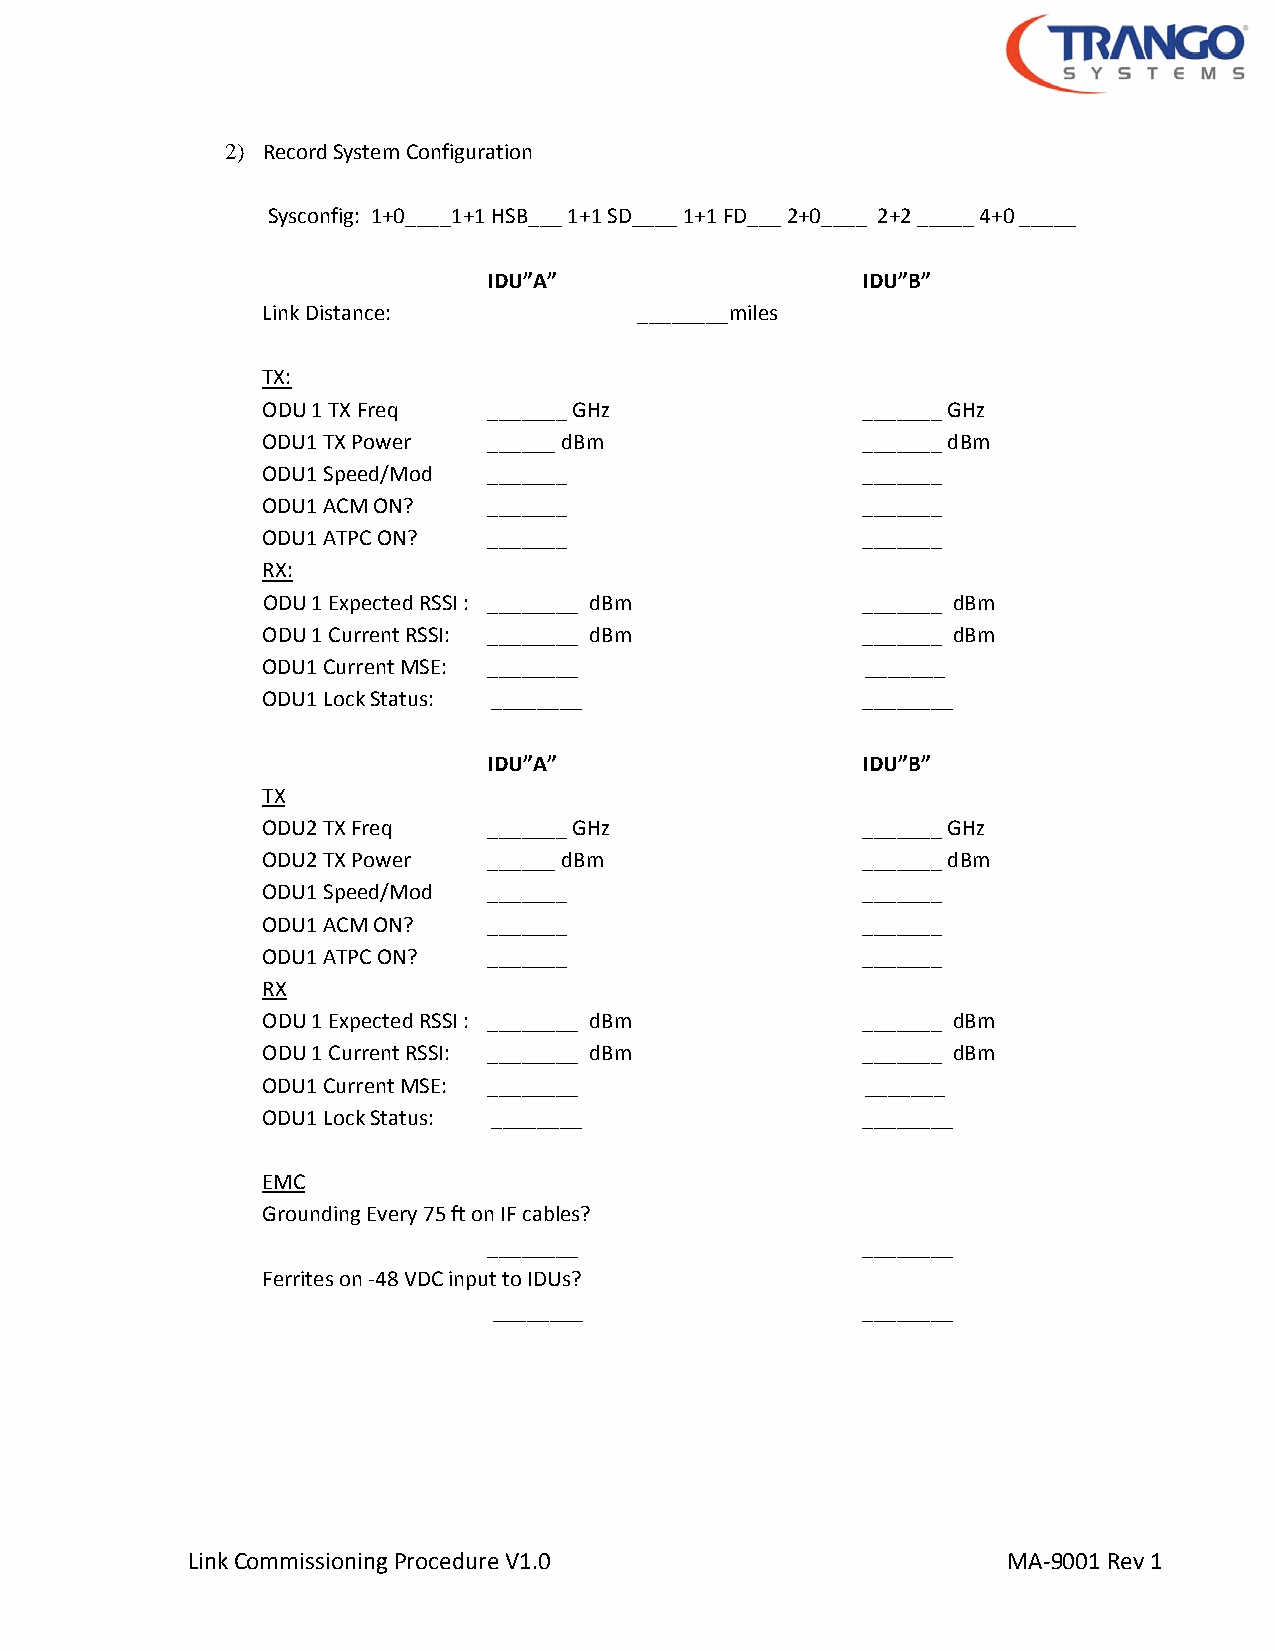
2) Record System Configuration
 Sysconfig: 1+0____1+1 HSB___ 1+1 SD____ 1+1 FD___ 2+0____ 2+2 _____ 4+0 _____
 IDU”A”                   IDU”B”
 Link Distance:           ________miles
 TX:
 ODU 1 TX Freq  _______ GHz              _______ GHz
 ODU1 TX Power  ______ dBm               _______ dBm
 ODU1 Speed/Mod _______                  _______
 ODU1 ACM ON?   _______                  _______
 ODU1 ATPC ON?  _______                  _______
 RX:
 ODU 1 Expected RSSI : ________ dBm      _______ dBm
 ODU 1 Current RSSI: ________ dBm        _______ dBm
 ODU1 Current MSE: ________              _______
 ODU1 Lock Status: ________              ________
 IDU”A”                   IDU”B”
 TX
 ODU2 TX Freq   _______ GHz              _______ GHz
 ODU2 TX Power  ______ dBm               _______ dBm
 ODU1 Speed/Mod _______                  _______
 ODU1 ACM ON?   _______                  _______
 ODU1 ATPC ON?  _______                  _______
 RX
 ODU 1 Expected RSSI : ________ dBm      _______ dBm
 ODU 1 Current RSSI: ________ dBm        _______ dBm
 ODU1 Current MSE: ________              _______
 ODU1 Lock Status: ________              ________
 EMC
 Grounding Every 75 ft on IF cables?
 ________                 ________
 Ferrites on ‐48 VDC input to IDUs?
 ________                ________
 Link Commissioning Procedure V1.0                      MA‐9001 Rev 1